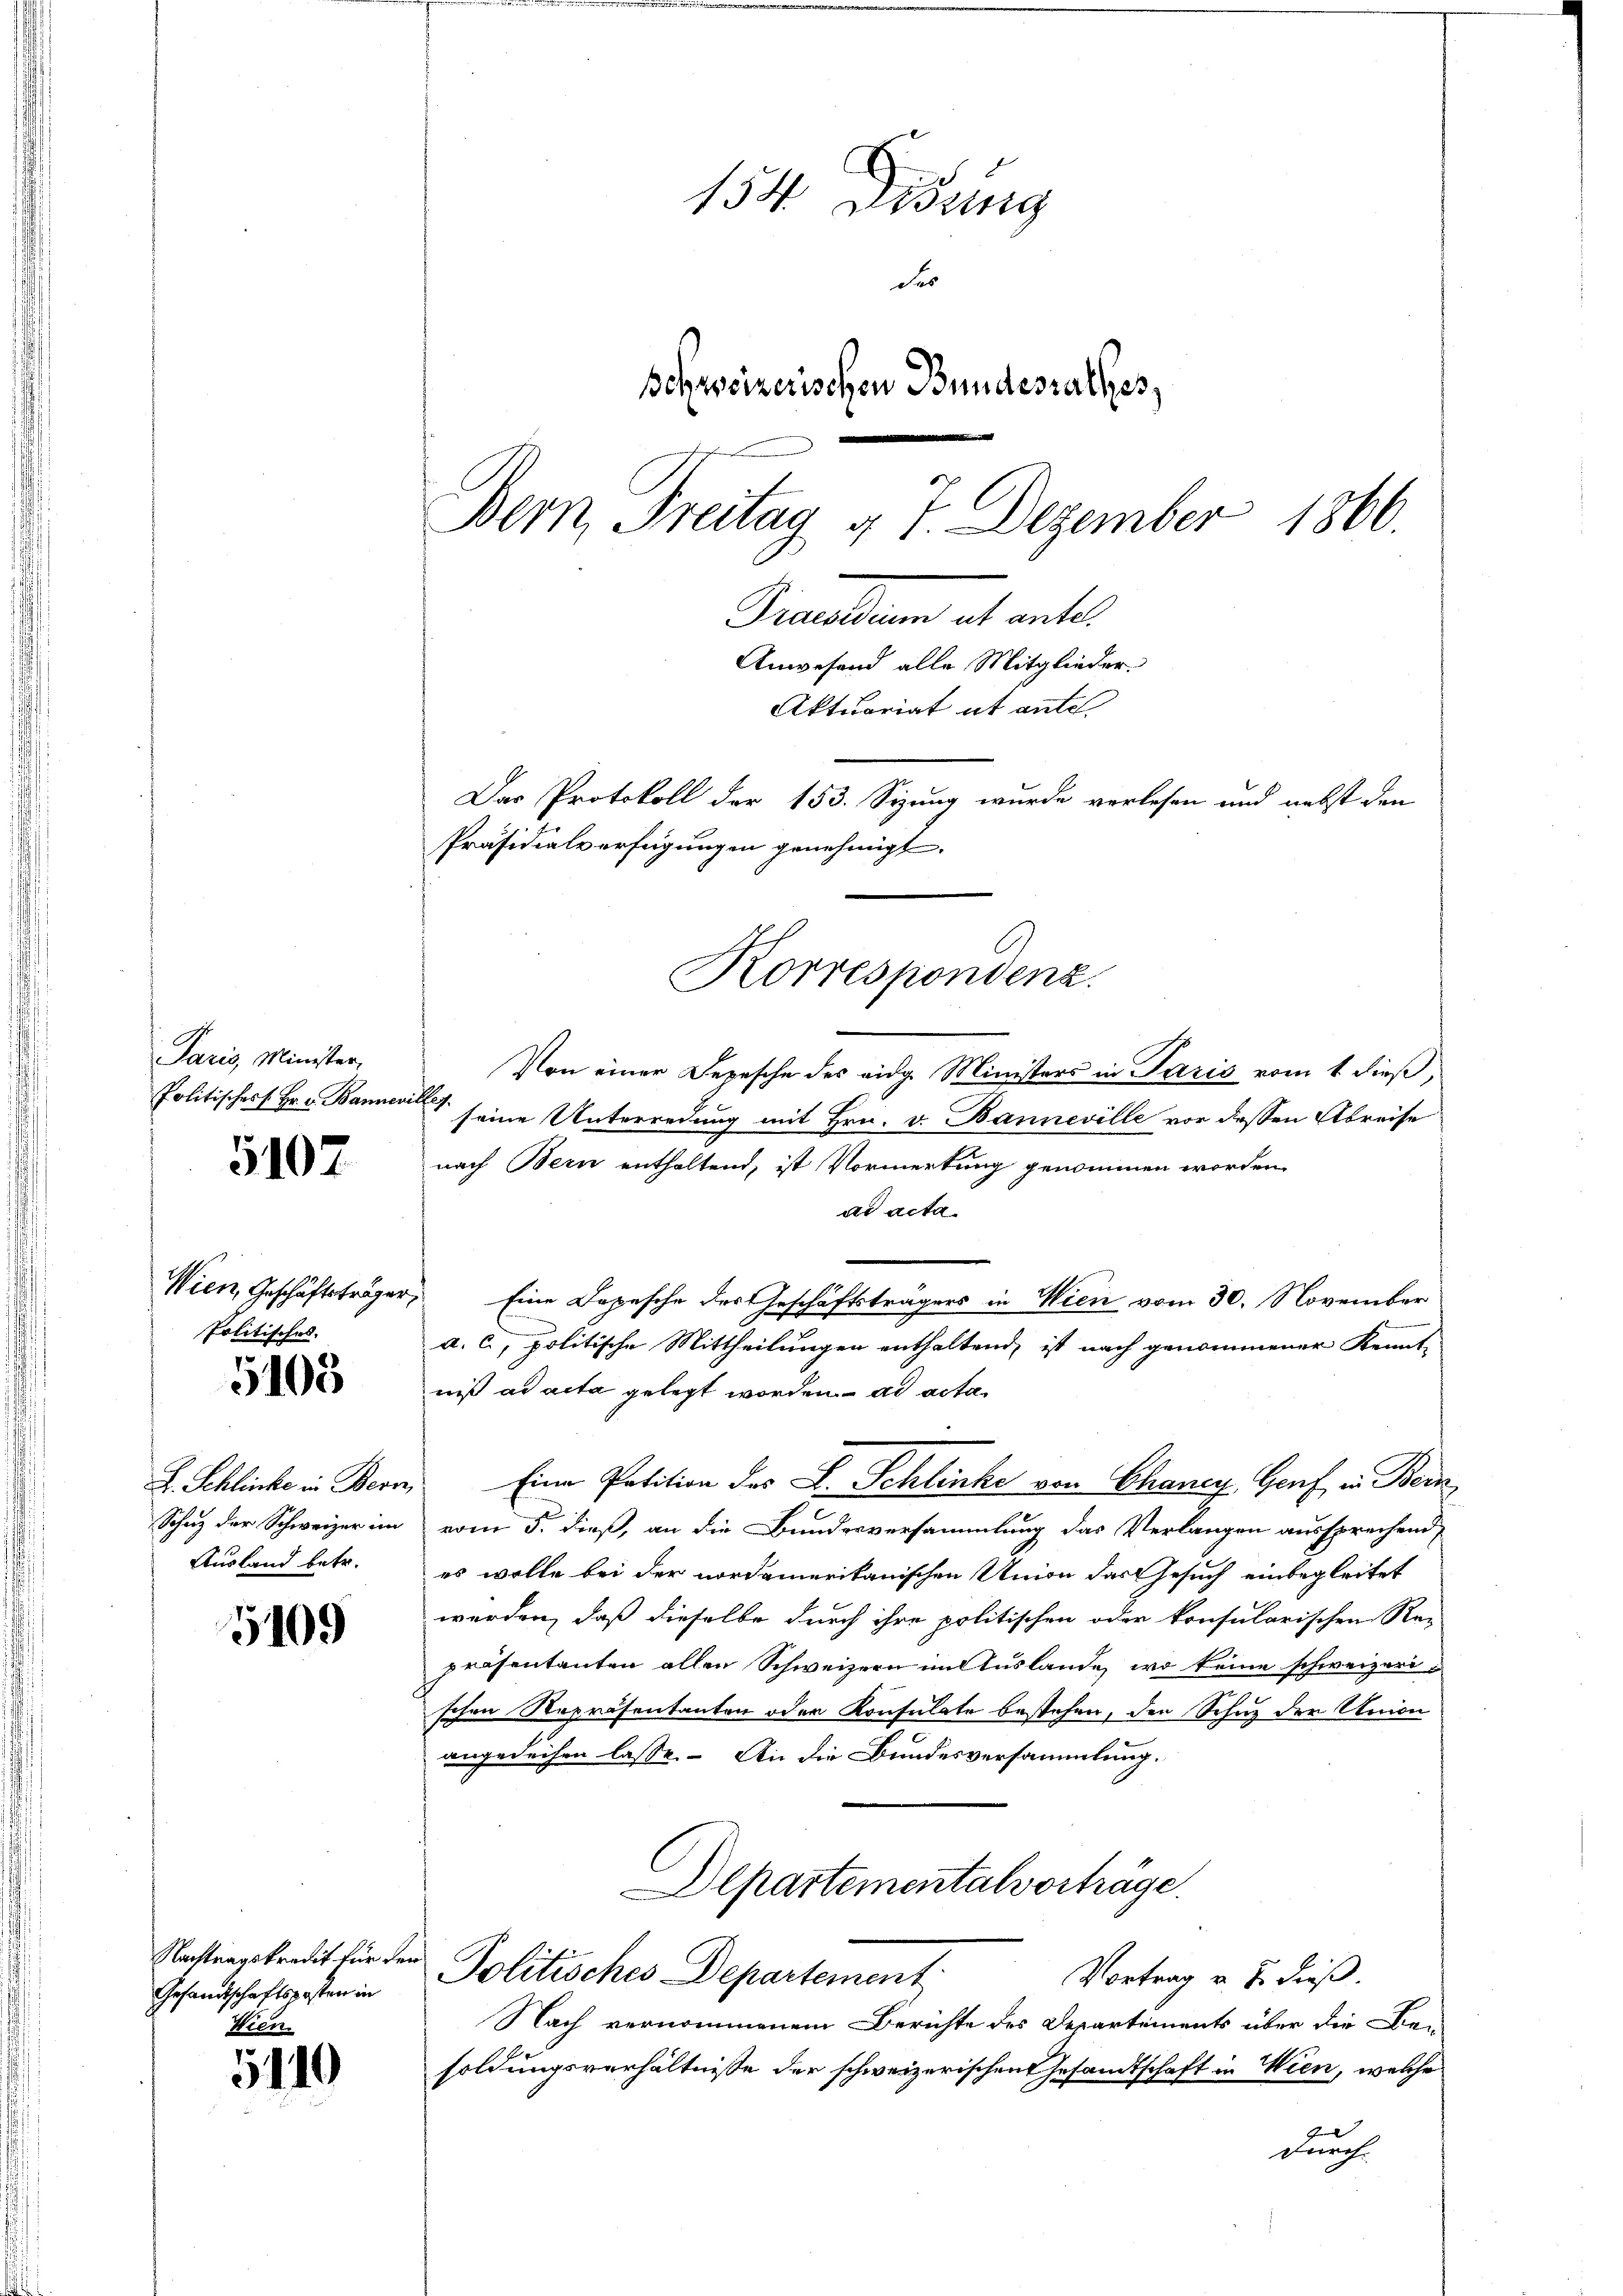
Paris, Minister,
Politisches s. Hr. v. Bannevilles

5102

Wien, Geschäftsträger,
Politischek.

5105

Ausland betr.

5109

Gesandtschaftspasten in
Wien.

5110

14
Dosung
der
Schweizerischen Bundesrathes,
Bern, Freitag 4 7. Dezember 1860.
Dramation et ent¬
Anwesend alle Mitglieder
Aktuariat ut ante
Das Protokoll der 153. Sizung wurde verlesen und nebst den
Präsidialverfügungen genehmigt.

Von einer Depesche des eidg. Ministers in Paris vom 1. dieß,
seine Unterredung mit Hrn. v. Banneville vor dessen Abreise
nach Bern enthaltend, ist Vormerkung genommen worden.
ad acta
Eine Depesche des Geschäftsträgers in Wien vom 30. November
a. c., politische Mittheilungen enthaltend, ist nach genommener Kennt-
niß ad acta gelegt worden ad acta
Z. Schliche in Bern, Eine Patition des F. Schlinke von Chancy, Genf in Bern
Schuz der Schweizer im vom 5. dieß, an die Bundesversammlung das Verlangen aussprechend,
es wolle bei der nordamerikanischen Union das Gesuch einbegleitet
werden, daß dieselbe durch ihre politischen oder konsularischen Re-
präsentanten allen Schweizern im Auslande, wo keine schweizeri
schen Repräsentanten oder Konsulate bestehen, den Schuz der Union
angedeihen lasse. An die Bundesversammlung.
Alpartementalvorträge

Korrespondenz.

Nachtragskredit für den Politisches Departement
Vortrag u. B. dieß.

Nach vernommenem Berichte des Departements über die Be-
soldungsverhältnisse der schweizerischentesandtschaft in Wien, welche
e
durch